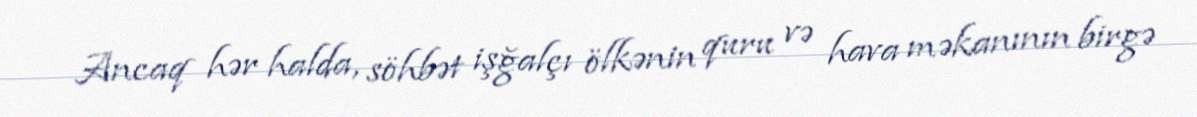
Ancaq hər halda, söhbət işğalçı ölkənin quru və hava məkanının birgə